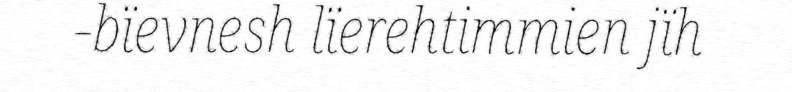
-bïevnesh lïerehtimmien jïh